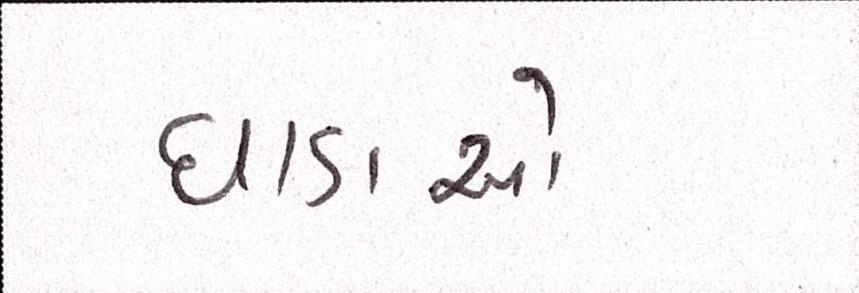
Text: ધાડાઓ